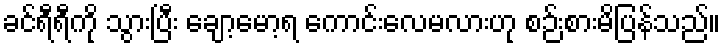
ခင်ရီရီကို သွားပြီး ချော့မော့ရ ကောင်းလေမလားဟု စဉ်းစားမိပြန်သည်။